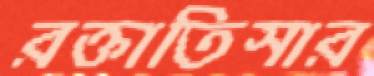
রক্তাতিসার